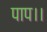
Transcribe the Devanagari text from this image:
पाप।।